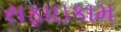
સફાઇકામ